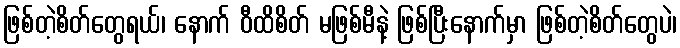
ဖြစ်တဲ့စိတ်တွေရယ်၊ နောက် ဝီထိစိတ် မဖြစ်မီနဲ့ ဖြစ်ပြီးနောက်မှာ ဖြစ်တဲ့စိတ်တွေပဲ၊